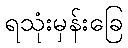
ရသုံးမှန်းခြေ